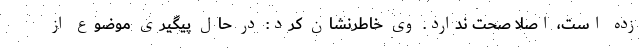
زده است، اصلاً صحت ندارد. وی خاطرنشان کرد: در حال پیگیری موضوع از